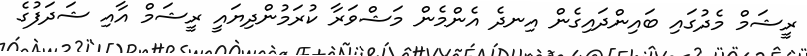
ރީޝަމް މެދުގައި ބައިންދައިގެން އިނދެ އެންމެން މަޝްވަރާ ކުރަމުންދިޔައީ ރީޝަމް އާއި ޝަދަފުގެ